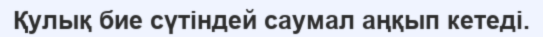
Қулық бие сүтіндей саумал аңқып кетеді.